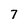
Character: 7